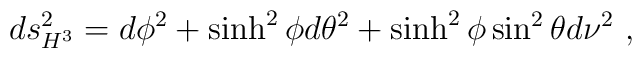
ds_{H^3}^2 = d\phi ^2 + \sinh^2 \phi d \theta ^2 + \sinh^2 \phi \sin^2\theta d \nu^2 \ ,